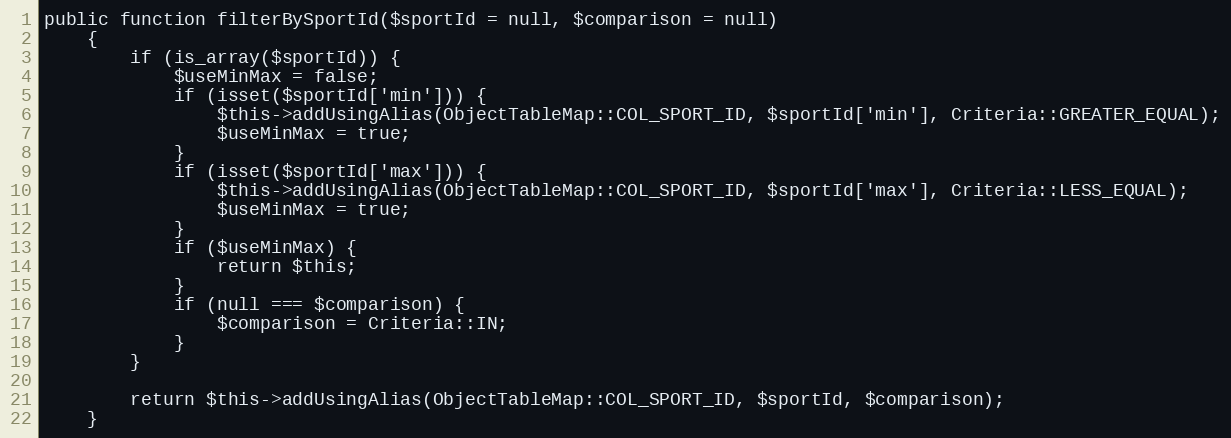
Language: PHP
public function filterBySportId($sportId = null, $comparison = null)
    {
        if (is_array($sportId)) {
            $useMinMax = false;
            if (isset($sportId['min'])) {
                $this->addUsingAlias(ObjectTableMap::COL_SPORT_ID, $sportId['min'], Criteria::GREATER_EQUAL);
                $useMinMax = true;
            }
            if (isset($sportId['max'])) {
                $this->addUsingAlias(ObjectTableMap::COL_SPORT_ID, $sportId['max'], Criteria::LESS_EQUAL);
                $useMinMax = true;
            }
            if ($useMinMax) {
                return $this;
            }
            if (null === $comparison) {
                $comparison = Criteria::IN;
            }
        }

        return $this->addUsingAlias(ObjectTableMap::COL_SPORT_ID, $sportId, $comparison);
    }